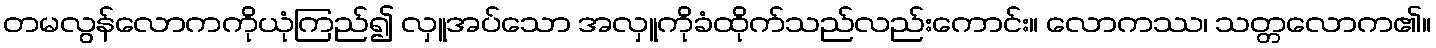
တမလွန်လောကကိုယုံကြည်၍ လှူအပ်သော အလှူကိုခံထိုက်သည်လည်းကောင်း။ လောကဿ၊ သတ္တလောက၏။